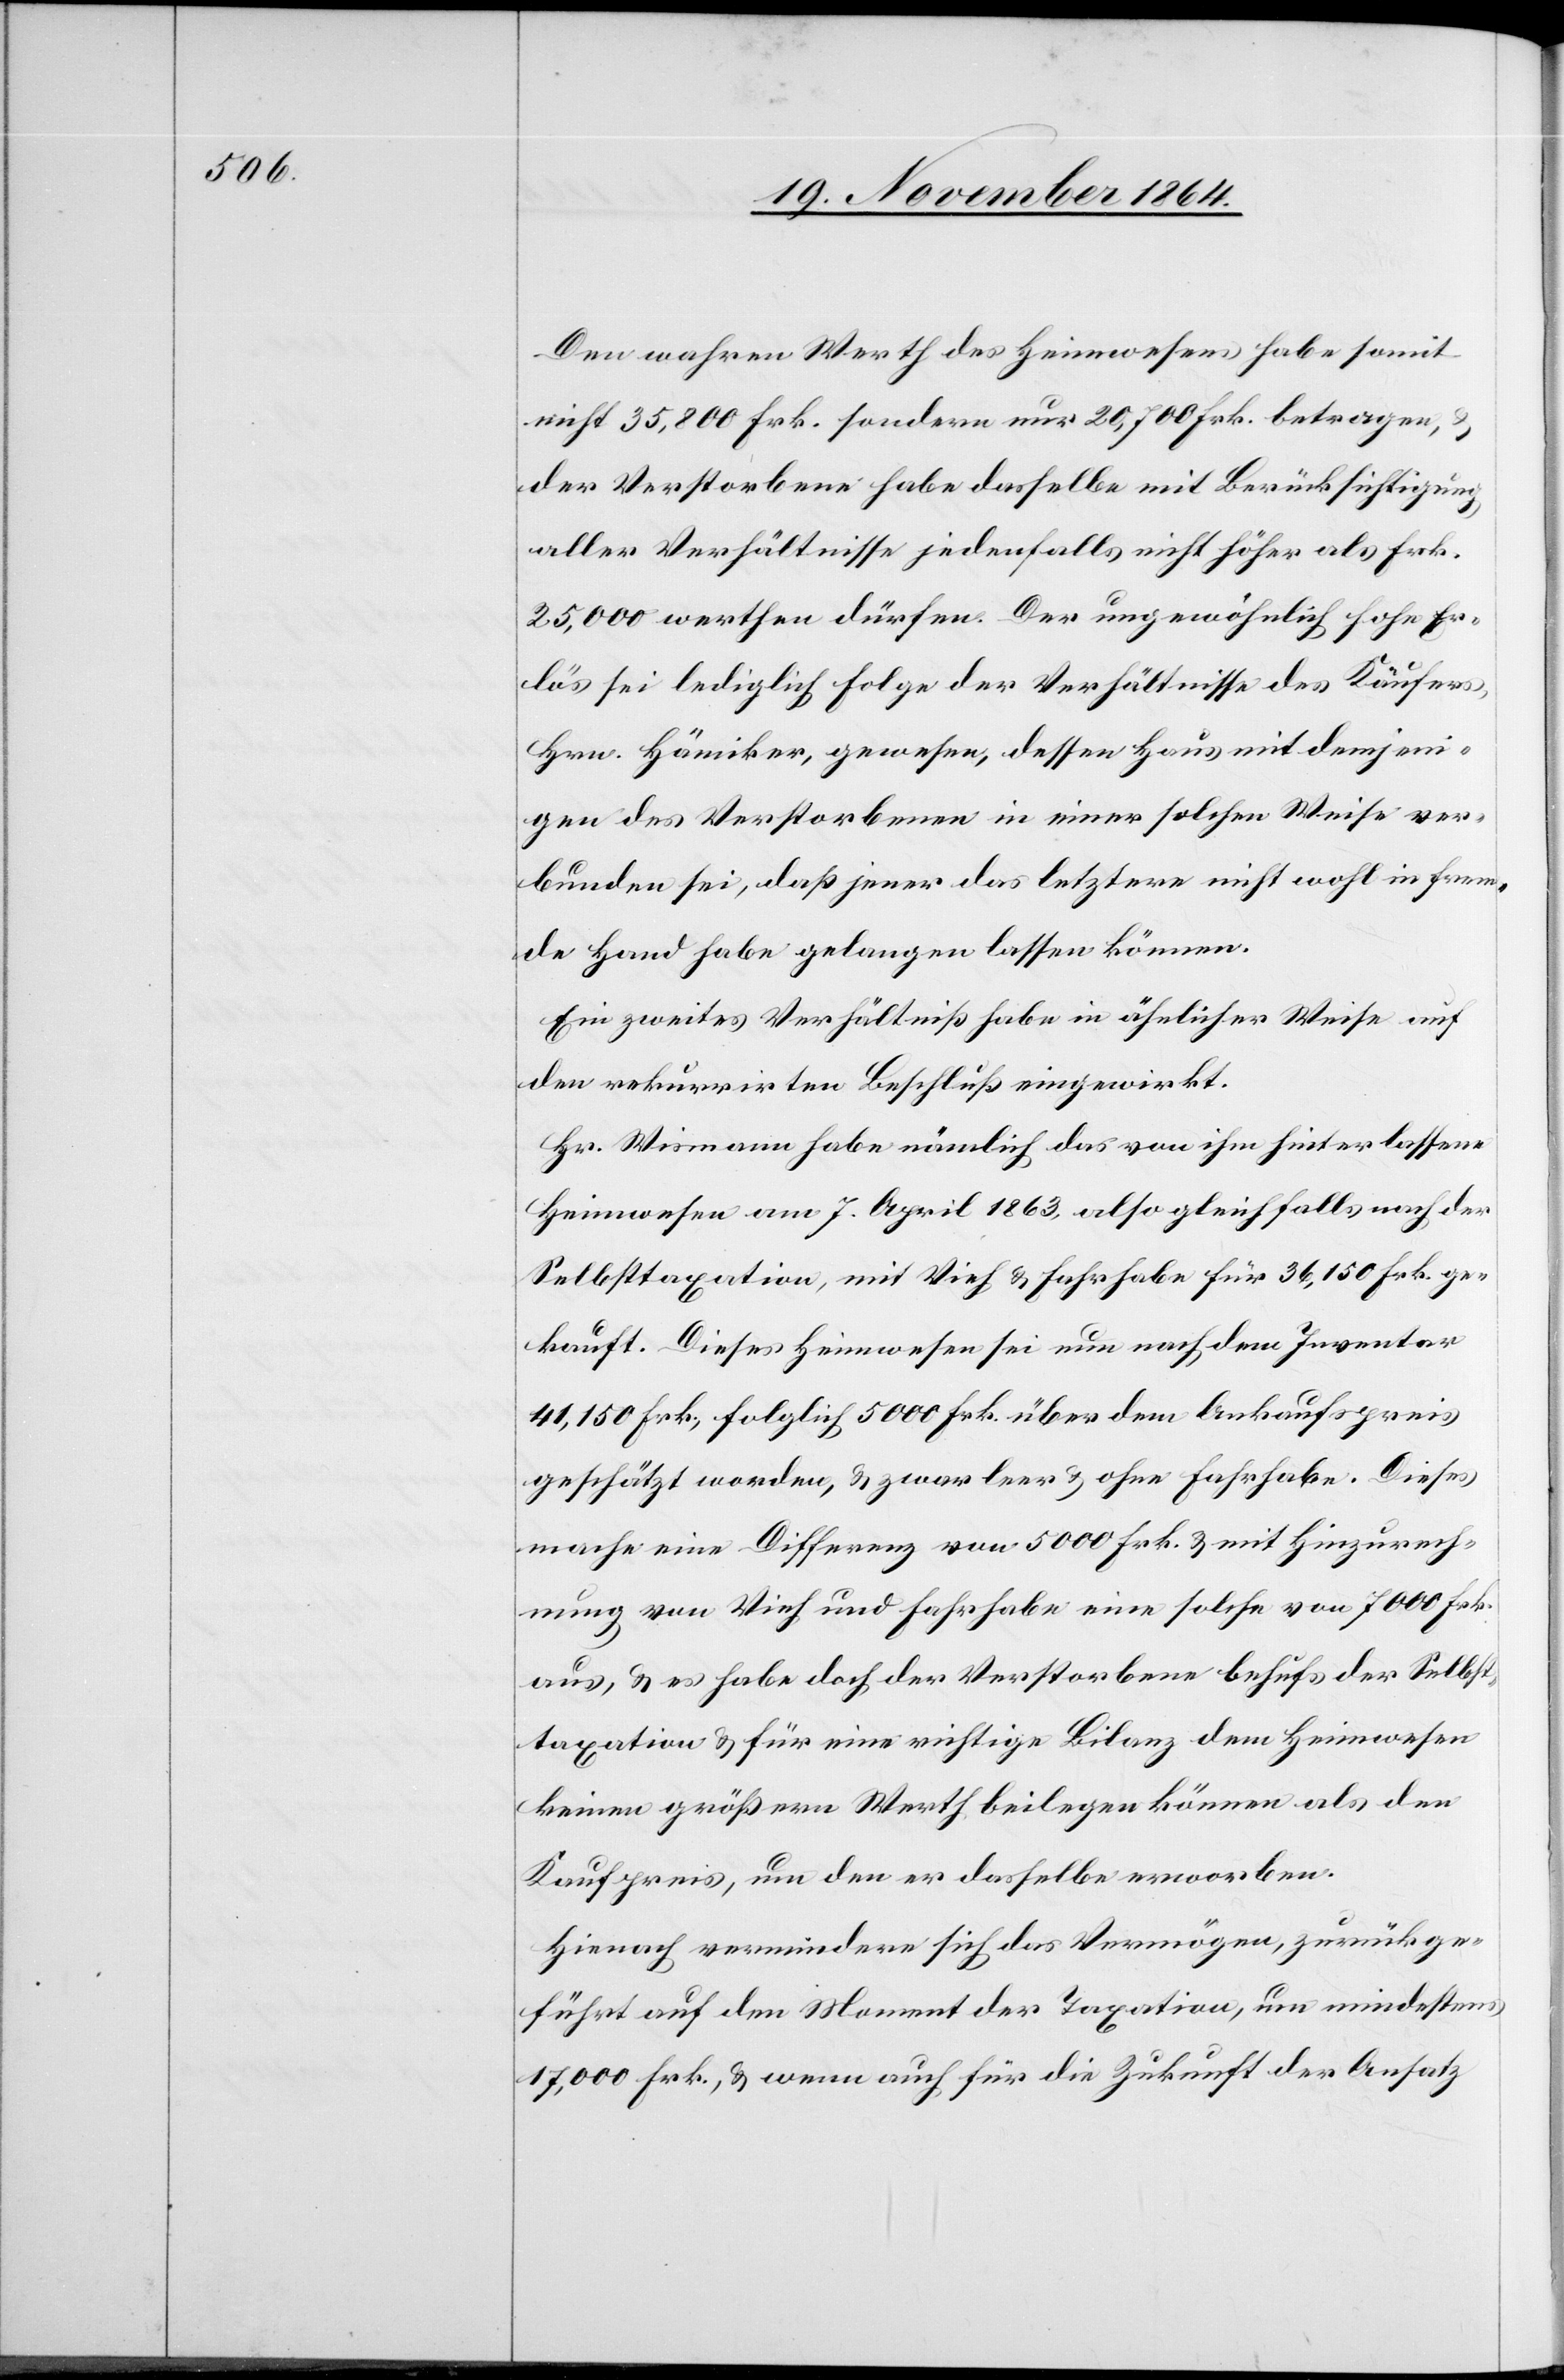
Den wahren Werth des Heimwesens habe somit
nicht 35,800 Frk. sondern nur 20,700 Frk. betragen
der Verstorbene habe dasselbe mit Berücksichtigung
aller Verhältnisse jedenfalls nicht höher als Frk.
25,000 werthen dürfen. Der ungewöhnlich hohe Er¬
lös sei lediglich Folge der Verhältnisse des Käufers,
Hrn. Hämiker, gewesen, dessen Haus mit demjeni¬
gen des Verstorbenen in einer solchen Weise ver¬
bunden sei, daß jener das letztere nicht wohl in frem¬
de Hand habe gelangen lassen können.
Ein zweites Verhältniß habe in ähnlicher Weise auf
den rekurrirten Beschluß eingewirkt.
Hr. Wismann habe nämlich das von ihm hinterlassene
Heimwesen am 7. April 1863 also gleichfalls nach der
Selbsttaxation, mit Vieh & Fahrhabe für 36,150 Frk. ge¬
kauft. Dieses Heimwesen sei nun nach dem Inventar
41,150 Frk., folglich 5000 Frk. über dem Ankaufspreis
geschätzt worden, & zwar leer & ohne Fahrhabe. Dieses
mache eine Differenz von 5000 Frk. & mit Hinzurech¬
nung von Vieh und Fahrhabe eine solche von 7000 Frk.
aus, & es habe doch der Verstorbene behufs der Selbst¬
taxation & für eine richtige Bilanz dem Heimwesen
keinen größern Werth beilegen können als den
Kaufpreis, um den er dasselbe erworben.
Hienach vermindere sich das Vermögen, zurückge¬
führt auf den Moment der Taxation, um mindestens
17,000 Frk., & wenn auch für die Zukunft der Ansatz